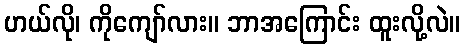
ဟယ်လို၊ ကိုကျော်လား။ ဘာအကြောင်း ထူးလို့လဲ။